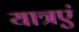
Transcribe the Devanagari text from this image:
यात्रएं